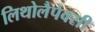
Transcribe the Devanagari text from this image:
लिथोलैपेक्सी